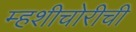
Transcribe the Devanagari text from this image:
म्हशीचोरीची